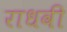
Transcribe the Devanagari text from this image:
राधवी